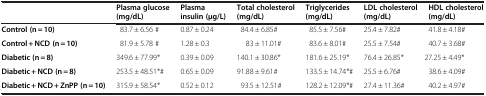
<table><thead><tr><td><b> </b></td><td><b>Plasma glucose (mg/dL)</b></td><td><b>Plasma insulin (μg/L)</b></td><td><b>Total cholesterol (mg/dL)</b></td><td><b>Triglycerides (mg/dL)</b></td><td><b>LDL cholesterol (mg/dL)</b></td><td><b>HDL cholesterol (mg/dL)</b></td></tr></thead><tbody><tr><td><b>Control (n = 10)</b></td><td>83.7 ± 6.56 #</td><td>0.87 ± 0.24</td><td>84.4 ± 6.85#</td><td>85.5 ± 7.56#</td><td>25.4 ± 7.82#</td><td>41.8 ± 4.18#</td></tr><tr><td><b>Control + NCD (n = 10)</b></td><td>81.9 ± 5.78 #</td><td>1.28 ± 0.3</td><td>83 ± 11.01#</td><td>83.6 ± 8.01#</td><td>25.5 ± 7.54#</td><td>40.7 ± 3.68#</td></tr><tr><td><b>Diabetic (n = 8)</b></td><td>349.6 ± 77.99*</td><td>0.39 ± 0.09</td><td>140.1 ± 30.86*</td><td>181.6 ± 25.19*</td><td>76.4 ± 26.85*</td><td>27.25 ± 4.49*</td></tr><tr><td><b>Diabetic + NCD (n = 8)</b></td><td>253.5 ± 48.51*#</td><td>0.65 ± 0.09</td><td>91.88 ± 9.61#</td><td>133.5 ± 14.74*#</td><td>25.5 ± 6.76#</td><td>38.6 ± 4.09#</td></tr><tr><td><b>Diabetic + NCD + ZnPP (n = 10)</b></td><td>315.9 ± 58.54*</td><td>0.52 ± 0.12</td><td>93.5 ± 12.51#</td><td>128.2 ± 12.09*#</td><td>27.4 ± 11.36#</td><td>40.2 ± 4.97#</td></tr></tbody></table>